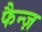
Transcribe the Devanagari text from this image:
फैन्ज़